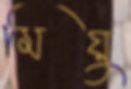
মিয়ু